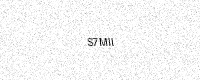
Text: S7MII